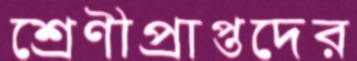
শ্রেণীপ্রাপ্তদের